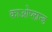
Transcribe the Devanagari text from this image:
काओप्लान्ड